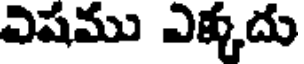
విషము ఎక్కదు